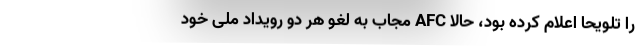
را تلویحا اعلام کرده بود، حالا AFC مجاب به لغو هر دو رویداد ملی خود